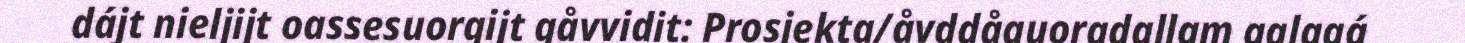
dájt nieljijt oassesuorgijt gåvvidit: Prosjekta/åvddåguoradallam galggá